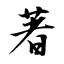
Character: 著